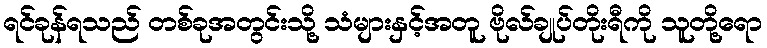
ရင်ခုန်ရသည် တစ်ခုအတွင်းသို့ သံများနှင့်အတူ ဗိုလ်ချုပ်တိုးရီကို သူတို့ရော